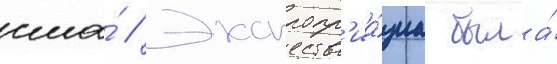
сша́ // Экспропр'иа́циа была́